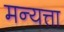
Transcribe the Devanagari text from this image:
मन्यत्ता